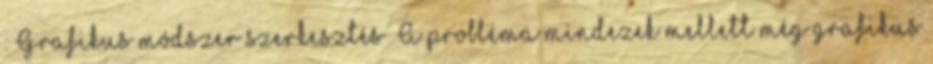
: Grafikus módszer szerkesztés A probléma mindezek mellett még grafikus